Jaan_Tonisson_(Lasteleht), lk 103
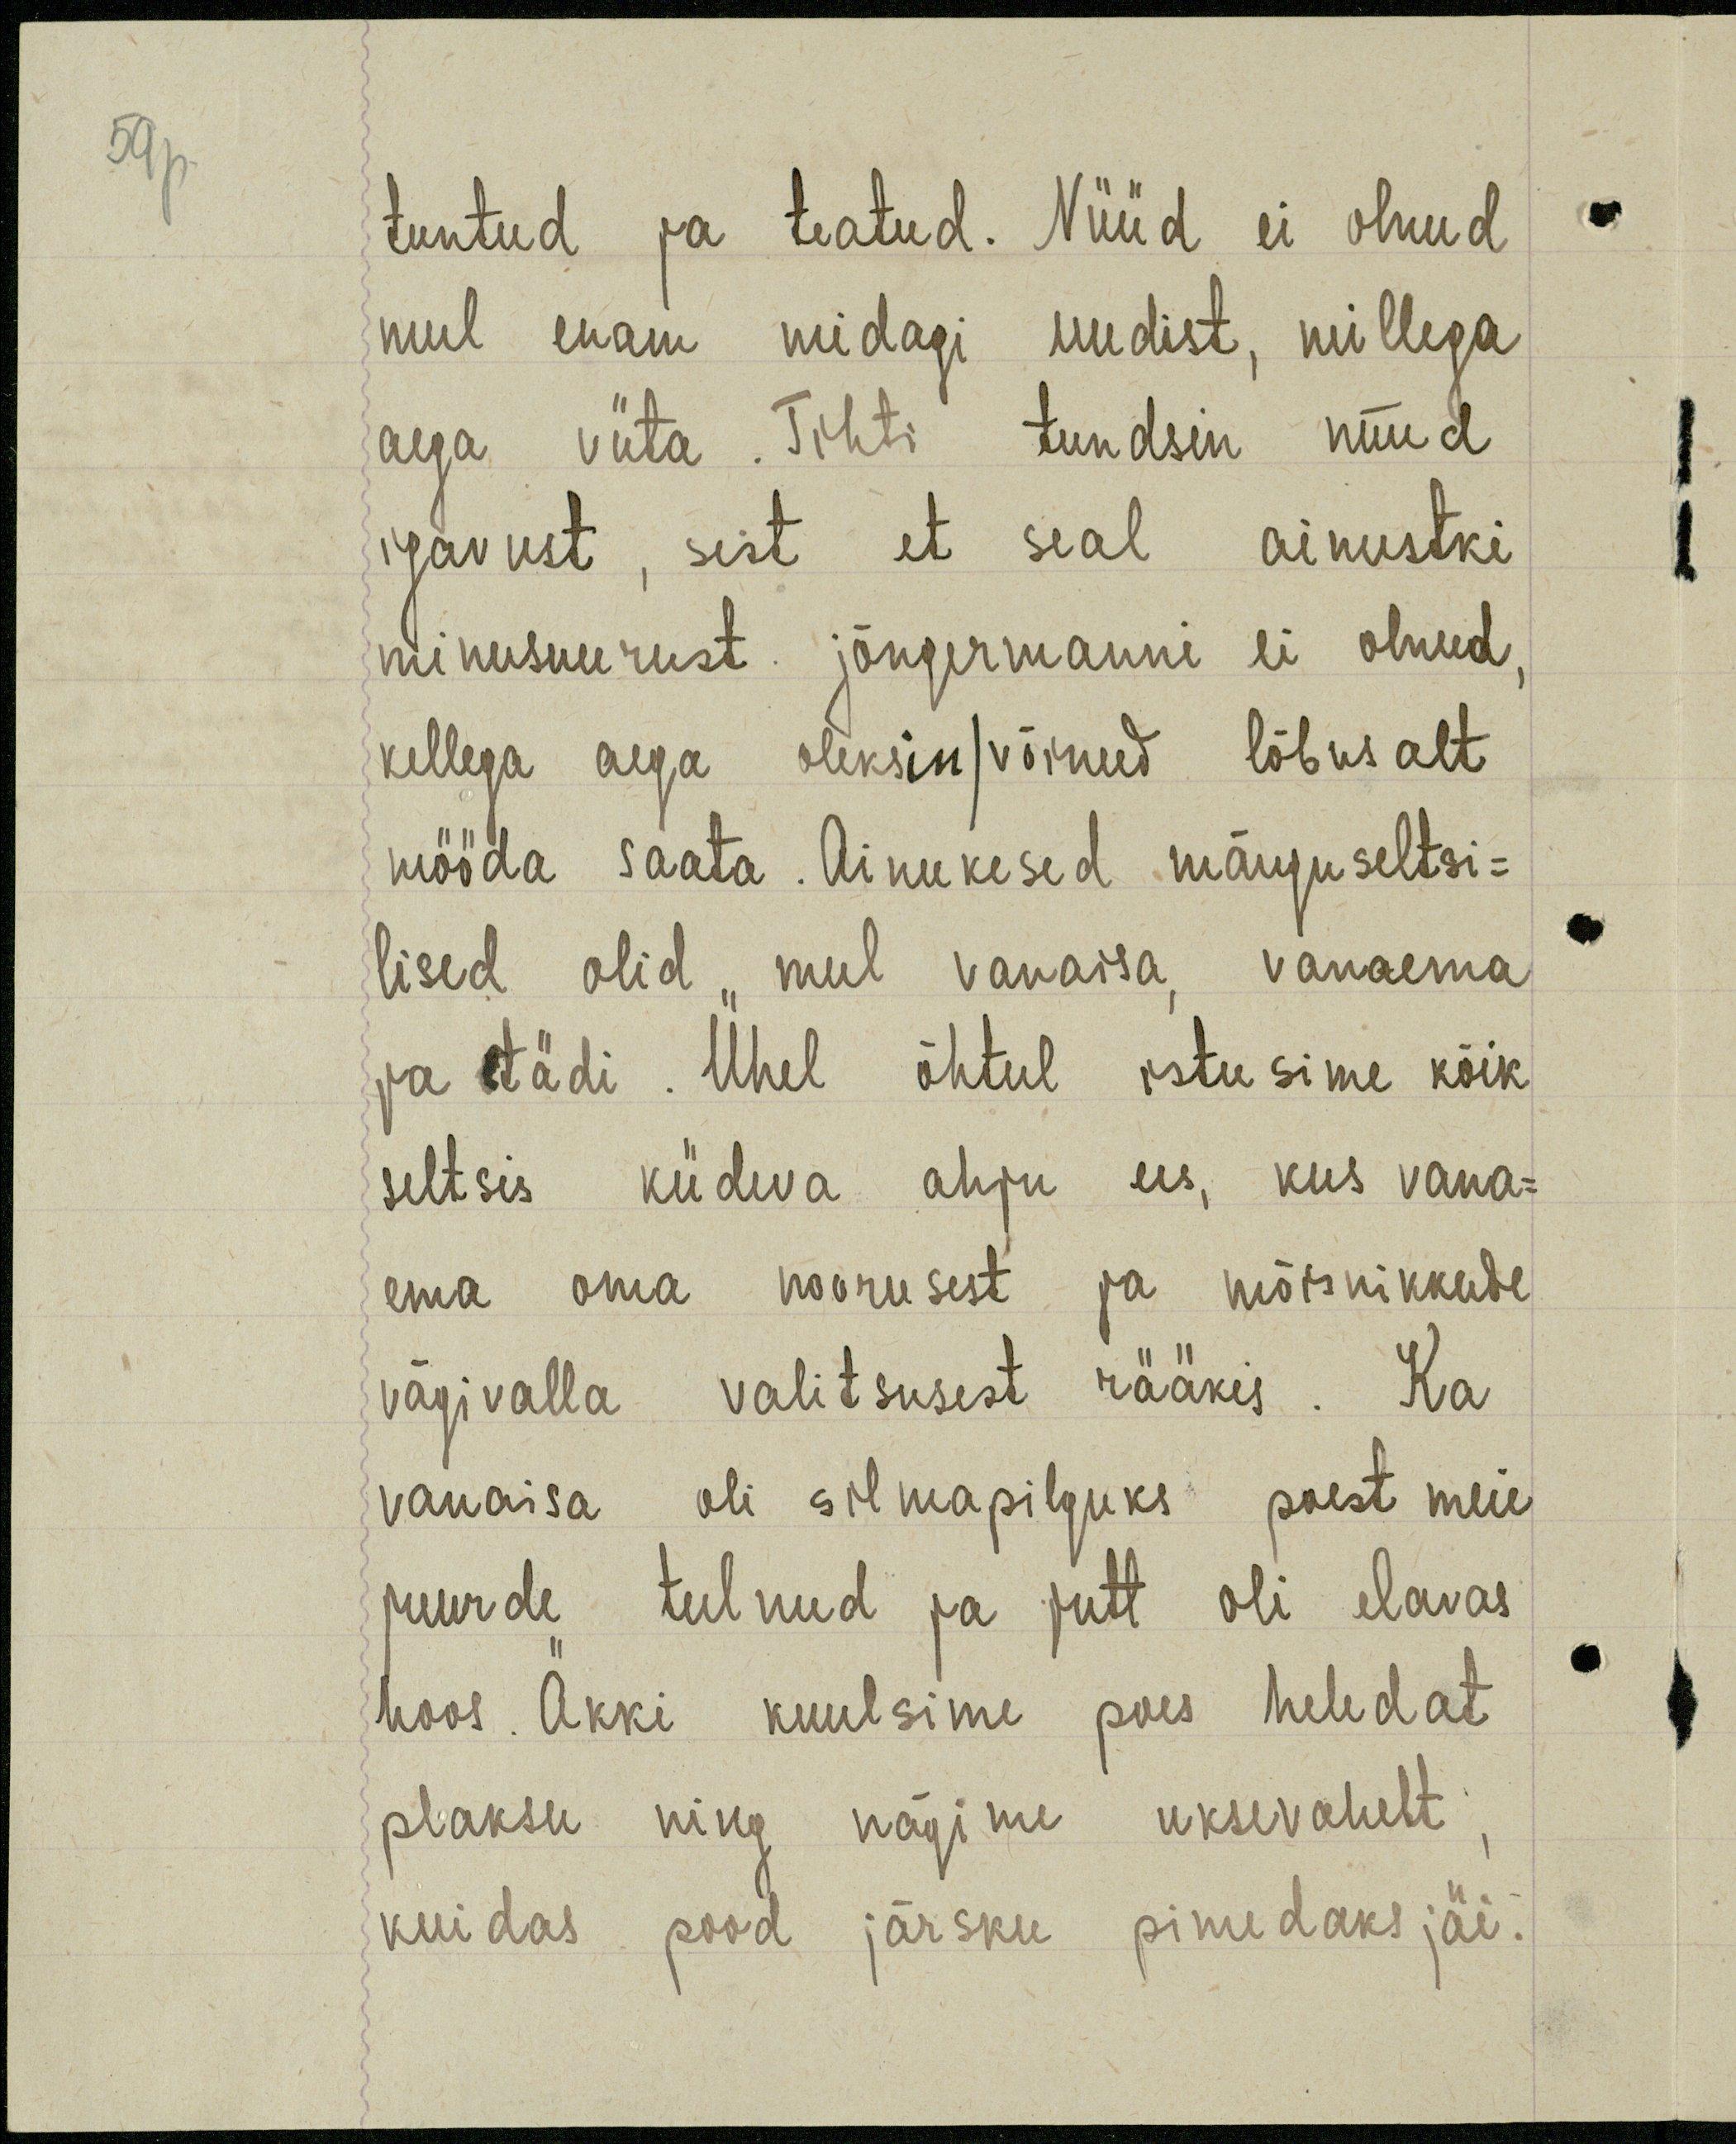
59p

tuntud ja teatud. Nüüd ei olnud
mul enam midagi uudist, millega
aega viita. Tihti tundsin nüüd
igavust, sest et seal ainustki
minusuurust jõngermanni ei olnud.
kellega aega oleksin/võinud lõbusalt
mööda saata. Ainukesed mänguseltsi-
lised olid mul vanaisa, vanaema
ja tädi. Ühel õhtul istusime kõik
seltsis küdeva ahju ees, kus vana-
ema oma noorusest ja mõisnikkude
vägivalla valitsusest rääkis. Ka
vanaisa oli silmapilguks poest meie
juurde tulnud ja jutt oli elavas
hoos. Äkki kuulsime poes heledat
plaksu ning nägime uksevahelt:
kuidas pood järsku pimedaks jäi.